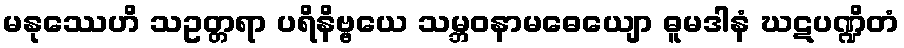
မနုဿေဟိ သဥတ္တရာ ပရိနိဗ္ဗယေ သမ္ဘဝနာမဓေယျော ဓူမဒါနံ ဃဋပဏ္ဍိတံ